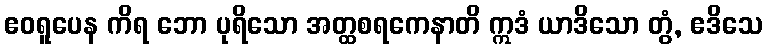
ဧဝရူပေန ကိရ ဘော ပုရိသော အတ္ထစရကေနာတိ ဣဒံ ယာဒိသော တွံ, ဧဒိသေ